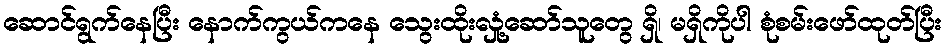
ဆောင်ရွက်နေပြီး နောက်ကွယ်ကနေ သွေးထိုးလှုံ့ဆော်သူတွေ ရှိ၊ မရှိကိုပါ စုံစမ်းဖော်ထုတ်ပြီး